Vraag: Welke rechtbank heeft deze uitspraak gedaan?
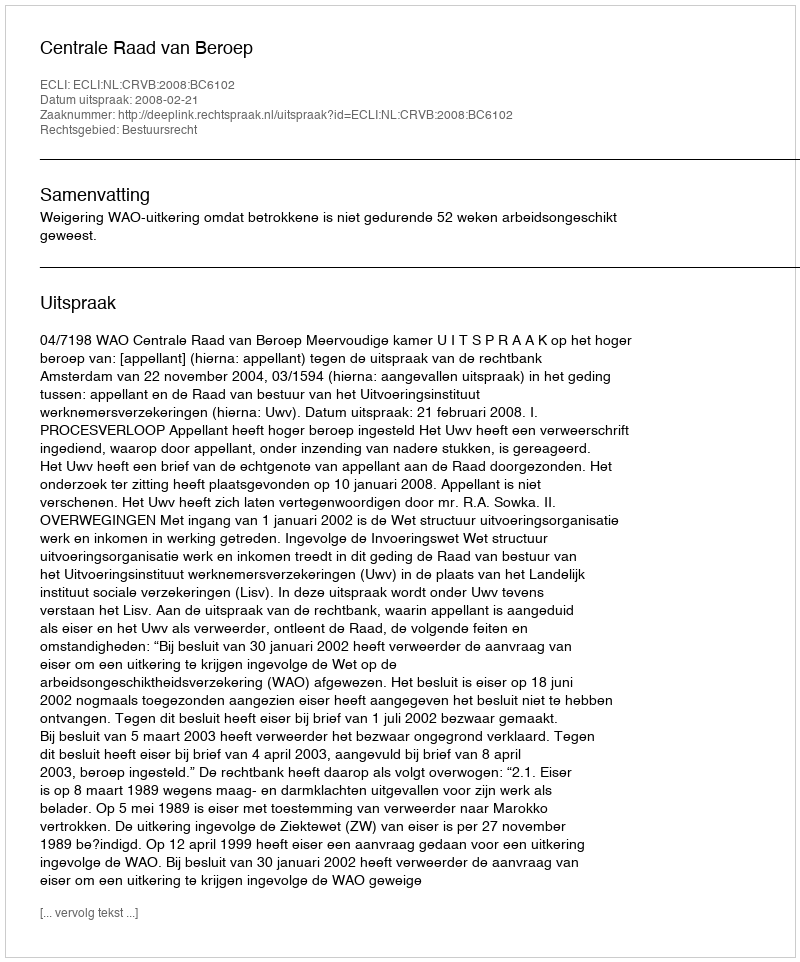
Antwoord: Centrale Raad van Beroep